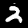
Label: 2